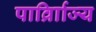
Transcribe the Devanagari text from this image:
पार्व्राािज्य